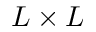
L \times L